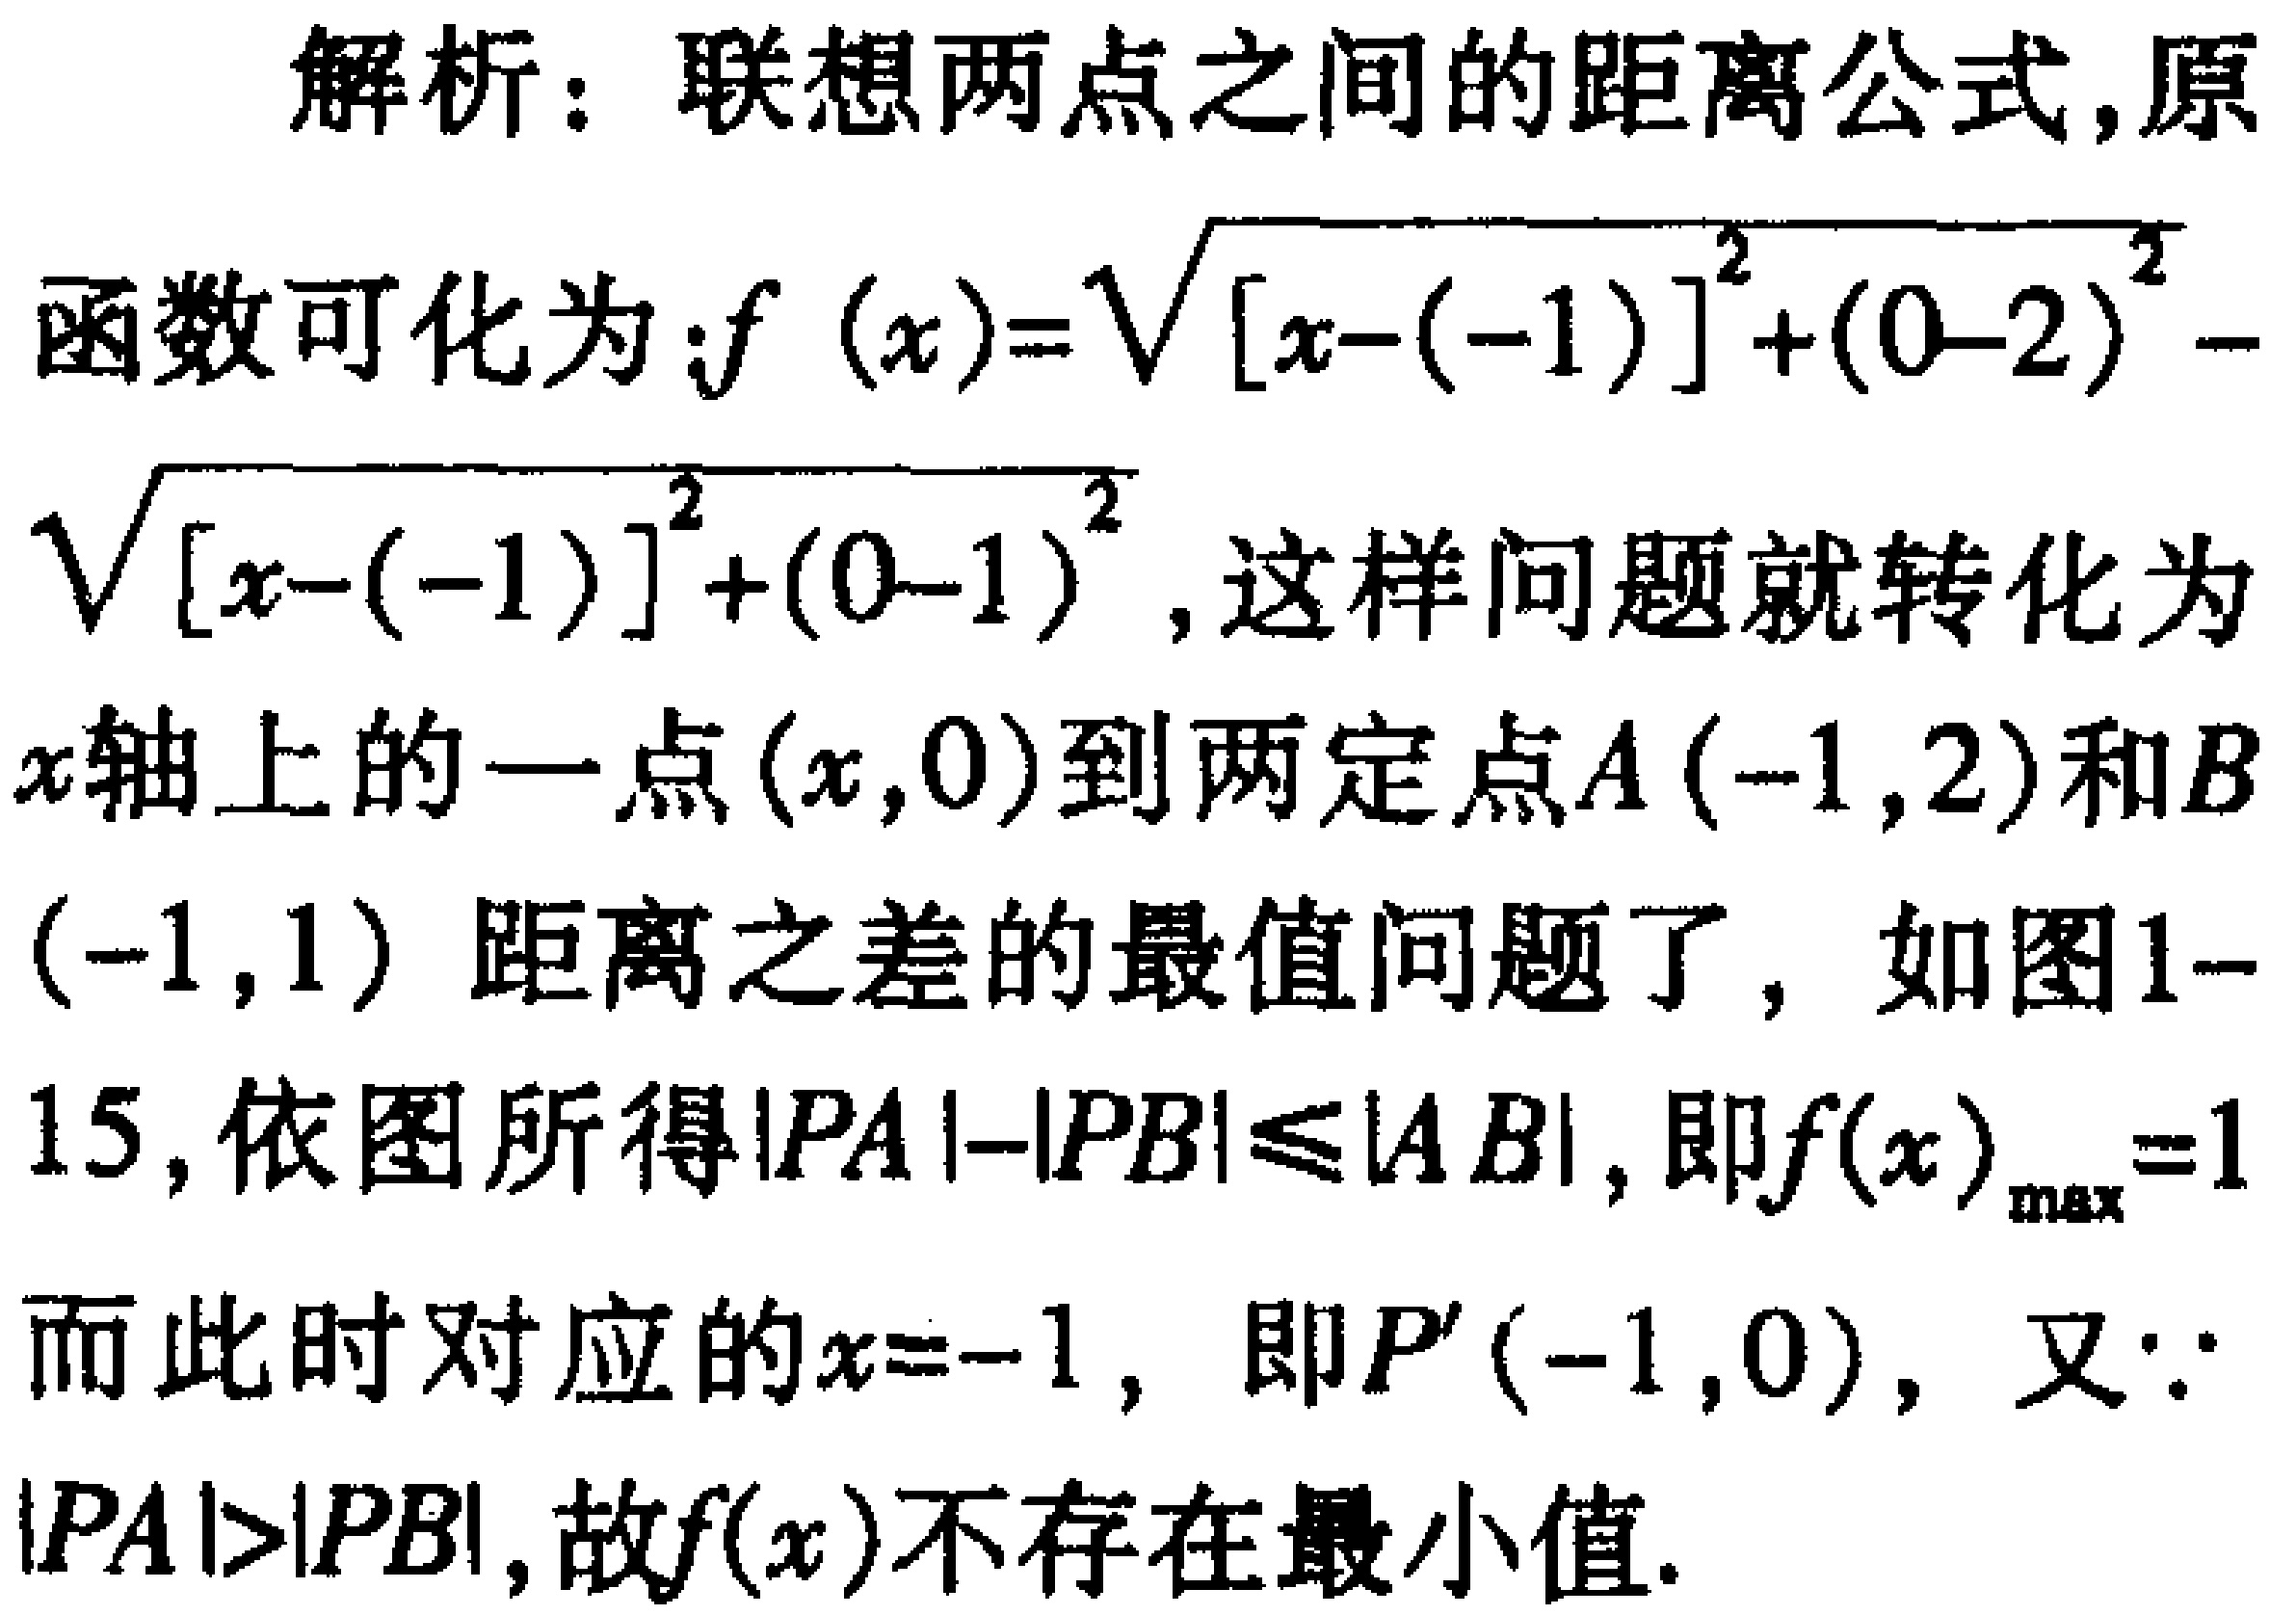
解析：联想两点之间的距离公式,原

函数可化为：\(f(x)=\sqrt{[x - (-1)]^{2}+(0 - 2)^{2}}-\sqrt{[x - (-1)]^{2}+(0 - 1)^{2}}\),这样问题就转化为

\(x\)轴上的一点\((x,0)\)到两定点\(A(-1,2)\)和\(B(-1,1)\)距离之差的最值问题了，如图1-

15,依图所得\(\vert PA\vert-\vert PB\vert\leqslant\vert AB\vert\),即\(f(x)_{\max}=1\)

而此时对应的\(x = - 1\)，即\(P'(-1,0)\)，又\(\because\)

\(\vert PA\vert>\vert PB\vert\),故\(f(x)\)不存在最小值.